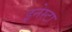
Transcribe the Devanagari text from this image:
इनेस्टा